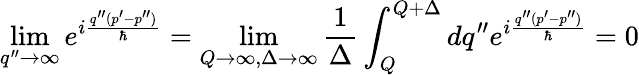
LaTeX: \operatorname*{lim}_{q^{\prime\prime}\to\infty}e^{i\frac{q^{\prime\prime}(p^{\prime}-p^{\prime\prime})}{\hbar}}=\operatorname*{lim}_{Q\to\infty,\Delta\to\infty}\frac{1}{\Delta}\int_{Q}^{Q+\Delta}dq^{\prime\prime}e^{i\frac{q^{\prime\prime}(p^{\prime}-p^{\prime\prime})}{\hbar}}=0